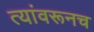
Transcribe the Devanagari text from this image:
त्यांवरूनच